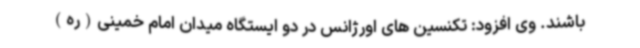
باشند. وی افزود: تکنسین های اورژانس در دو ایستگاه میدان امام خمینی(ره)